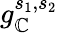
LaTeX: g_{\mathbb{C}}^{s_{1},s_{2}}